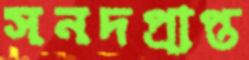
সনদপ্রাপ্ত